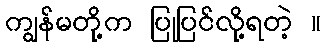
ကျွန်မတို့က ပြုပြင်လို့ရတဲ့ ။